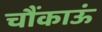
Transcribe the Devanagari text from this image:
चौंकाऊं